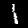
Label: 1